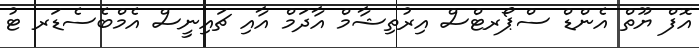
އޮފް ޔޫތް އެންޑް ސްޕޯރޓްސް އިރުތިޝާމް އާދަމް އާއި ޗައިނީސް އެމްބެސެޑަރ ޓު